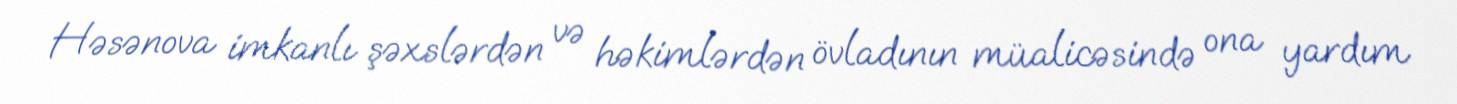
Həsənova imkanlı şəxslərdən və həkimlərdən övladının müalicəsində ona yardım